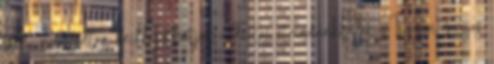
zsírt, nyugodtan beilleszthetjük a diétás étrendünkbe is. Nagyon magas